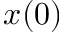
x ( 0 )